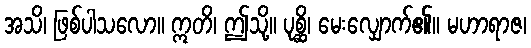
အသိ၊ ဖြစ်ပါသလော။ ဣတိ၊ ဤသို့။ ပုစ္ဆိ၊ မေးလျှောက်၏။ မဟာရာဇ၊